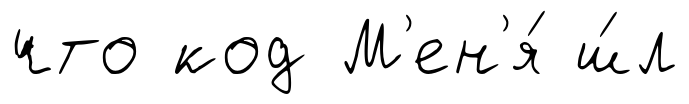
что код М'ен'я́ ш́л